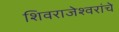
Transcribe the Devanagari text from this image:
शिवराजेश्वरांचे